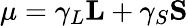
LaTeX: {\mathbf\mu}=\gamma_{L}{\mathbf L}+\gamma_{S}{\mathbf S}